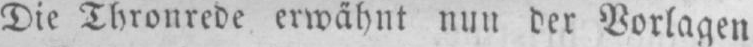
Die Thronrede erwähnt nun der Vorlagen